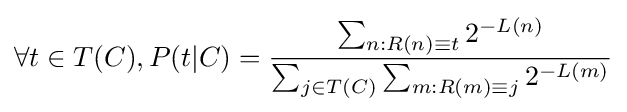
\forall t\in T(C),P(t|C)={\frac {\sum _{n:R(n)\equiv t}2^{-L(n)}}{\sum _{j\in T(C)}\sum _{m:R(m)\equiv j}2^{-L(m)}}}